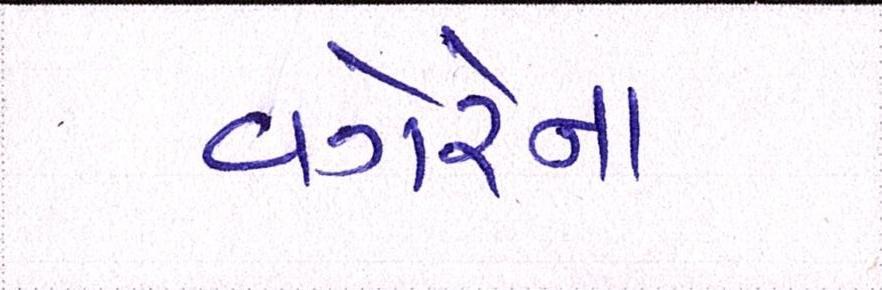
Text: વગેરેના